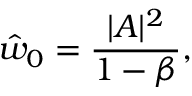
\hat { w } _ { 0 } = \frac { | A | ^ { 2 } } { 1 - \beta } ,